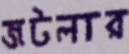
জটলার